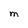
Character: M